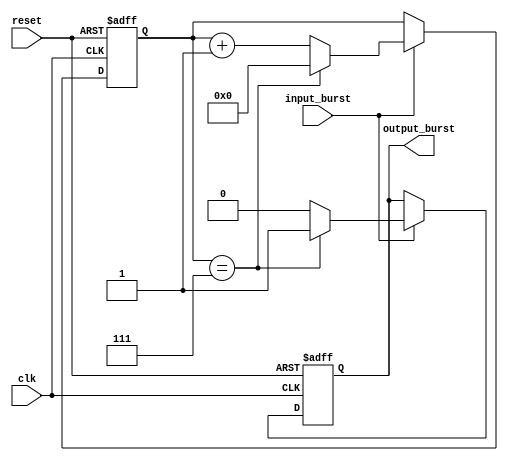
module burst_synchronizer (
    input wire clk,
    input wire reset,
    input wire input_burst,
    output reg output_burst
);

reg [7:0] counter;

always @(posedge clk or posedge reset) begin
    if (reset) begin
        counter <= 0;
        output_burst <= 0;
    end else begin
        if (input_burst) begin
            if (counter == 7) begin
                counter <= 0;
                output_burst <= 1;
            end else begin
                counter <= counter + 1;
                output_burst <= 0;
            end
        end
    end
end

endmodule